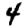
Digit: 4